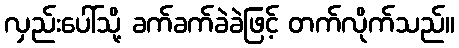
လှည်းပေါ်သို့ ခက်ခက်ခဲခဲဖြင့် တက်လိုက်သည်။